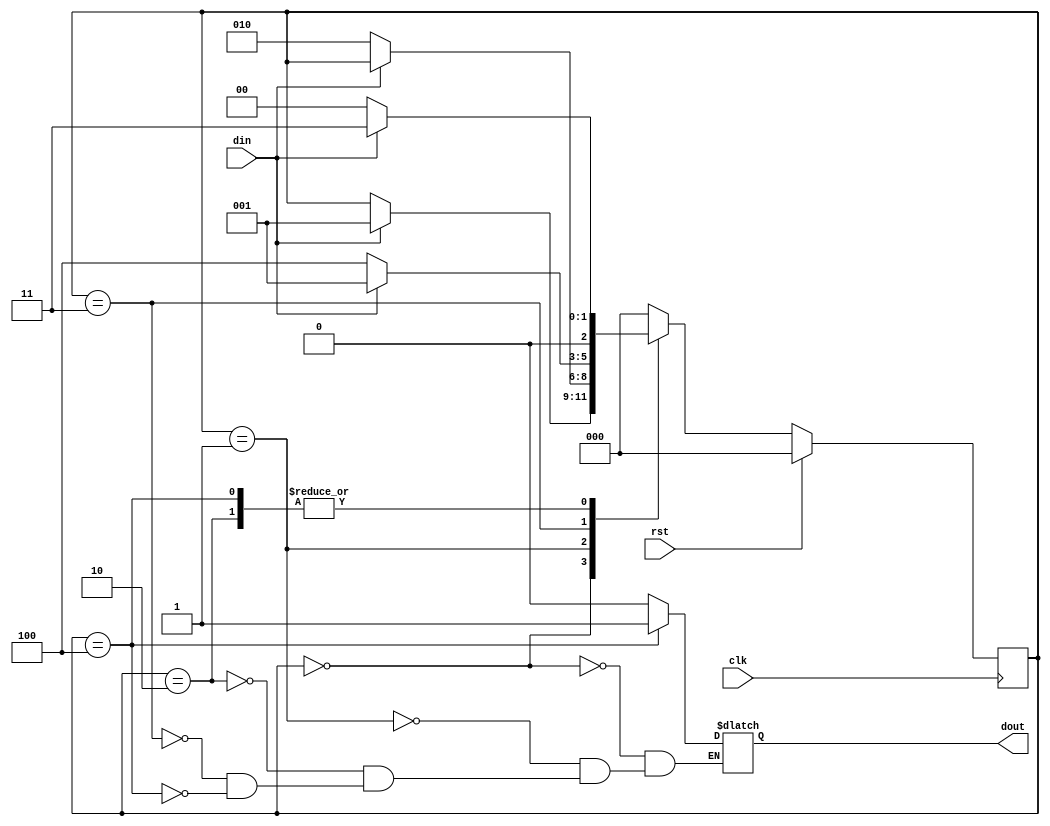
`timescale 1ns / 1ps
//////////////////////////////////////////////////////////////////////////////////
// Company: 
// Engineer: 
// 
// Design Name: 
// Module Name:    moore_fsm_ol 
// Project Name: 
// Target Devices: 
// Tool versions: 
// Description: 
//
// Dependencies: 
//
// Revision: 
// Revision 0.01 - File Created
// Additional Comments: 
//
//////////////////////////////////////////////////////////////////////////////////
module moore_fsm_ol(
    input din,clk,rst,
    output reg dout
    );
	 reg [2:0] cs,nst;
	 
parameter s0= 3'b000,
          s1= 3'b001,
			 s2= 3'b010,
			 s3= 3'b011,
			 s4= 3'b100;

always@(posedge clk)
begin
if(rst==1) begin
cs<= s0;end
else begin
cs<= nst; end
end

always@(din or cs)
begin
case(cs)
s0: if(din==1) begin
    nst = s1;
    dout = 1'b0; end
    else begin
    nst = cs;
    dout = 1'b0; end
    
s1: if(din==0) begin
    nst = s2;
    dout = 1'b0; end
    else begin
    nst = cs;
    dout = 1'b0; end	 
	 
s2: if(din==1) begin
    nst = s3;
    dout = 1'b0; end
    else begin
    nst = s0;
    dout = 1'b0; end

s3: if(din==0) begin
    nst = s4;
    dout = 1'b0; end
    else begin
    nst = s1;
    dout = 1'b0; end
	 
s4: if(din==1) begin
    nst = s3;
    dout = 1'b1; end
    else begin
    nst = s0;
    dout = 1'b1; end	 
	 
default: nst =s0;
endcase
end
		
	 
endmodule